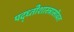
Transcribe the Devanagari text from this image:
पद्ध्तीशास्त्रासोबत